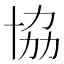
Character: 協